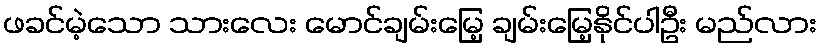
ဖခင်မဲ့သော သားလေး မောင်ချမ်းမြေ့ ချမ်းမြေ့နိုင်ပါဦး မည်လား